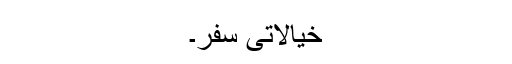
خیالاتی سفر۔